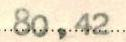
80,42